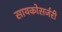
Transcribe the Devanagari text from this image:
सायकोसर्जरी